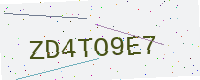
Text: ZD4TO9E7